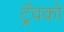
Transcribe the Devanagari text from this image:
ट्रॅवको